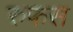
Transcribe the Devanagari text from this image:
रुफस